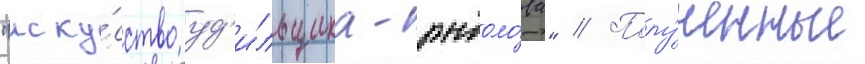
"иску́сство уд'и́льщика-рыболо́ва" // Полу́ченные